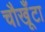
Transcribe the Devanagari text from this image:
चौखूँटा